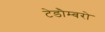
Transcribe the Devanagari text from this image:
टेडौम्बरो